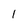
Character: 1